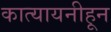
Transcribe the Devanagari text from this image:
कात्यायनीहून